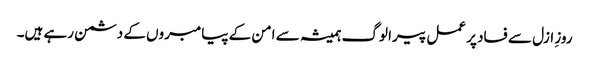
روزِ ازل سے فساد پر عمل پیرا لوگ ہمیشہ سے امن کے پیامبروں کے دشمن رہے ہیں۔